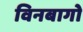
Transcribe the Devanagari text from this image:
विनबागो